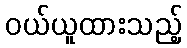
ဝယ်ယူထားသည့်